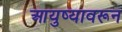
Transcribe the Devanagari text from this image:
आयुष्यावरून